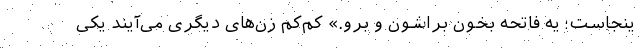
ینجاست؛ یه فاتحه بخون براشون و برو.» کم‌کم زن‌های دیگری می‌آیند یکی